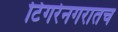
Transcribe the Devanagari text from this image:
टिंगरेनगरातच